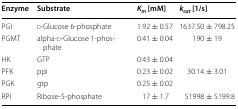
<table><thead><tr><td><b>Enzyme</b></td><td><b>Substrate</b></td><td><b><i>K</i><sub><i>m</i></sub> [mM]</b></td><td><b><i>k</i><sub><i>cat</i></sub> [1/s]</b></td></tr></thead><tbody><tr><td>PGI</td><td>d-Glucose 6-phosphate</td><td>1.92 ± 0.57</td><td>1637.50 ± 798.25</td></tr><tr><td>PGMT</td><td>alpha-d-Glucose 1-phosphate</td><td>0.41 ± 0.04</td><td>190 ± 19</td></tr><tr><td>HK</td><td>GTP</td><td>0.43 ± 0.04</td><td></td></tr><tr><td>PFK</td><td>ppi</td><td>0.23 ± 0.02</td><td>30.14 ± 3.01</td></tr><tr><td>PGK</td><td>gtp</td><td>0.25 ± 0.02</td><td></td></tr><tr><td>RPI</td><td>Ribose-5-phosphate</td><td>17 ± 1.7</td><td>51998 ± 5199.8</td></tr></tbody></table>